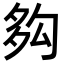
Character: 𡖜